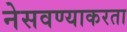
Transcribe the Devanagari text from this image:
नेसवण्याकरता